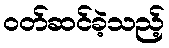
ဝတ်ဆင်ခဲ့သည့်